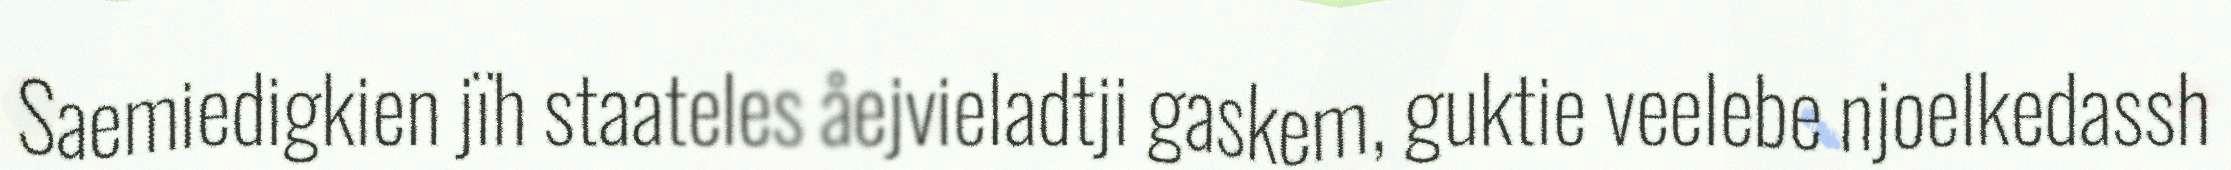
Saemiedigkien jïh staateles åejvieladtji gaskem, guktie veelebe njoelkedassh